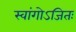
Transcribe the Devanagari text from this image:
स्वांगोऽजितः